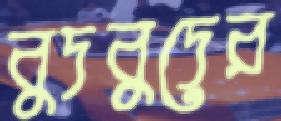
বুদবুদের